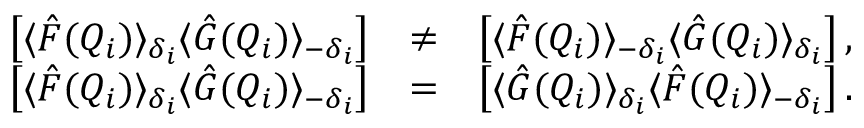
\begin{array} { r l r } { \left[ \langle \hat { F } ( Q _ { i } ) \rangle _ { \delta _ { i } } \langle \hat { G } ( Q _ { i } ) \rangle _ { - \delta _ { i } } \right] } & { \neq } & { \left[ \langle \hat { F } ( Q _ { i } ) \rangle _ { - \delta _ { i } } \langle \hat { G } ( Q _ { i } ) \rangle _ { \delta _ { i } } \right] , } \\ { \left[ \langle \hat { F } ( Q _ { i } ) \rangle _ { \delta _ { i } } \langle \hat { G } ( Q _ { i } ) \rangle _ { - \delta _ { i } } \right] } & { = } & { \left[ \langle \hat { G } ( Q _ { i } ) \rangle _ { \delta _ { i } } \langle \hat { F } ( Q _ { i } ) \rangle _ { - \delta _ { i } } \right] . } \end{array}